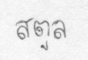
สตูล